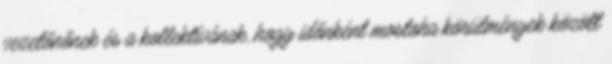
vezetőnőnek és a kollektívának, hogy időnként mostoha körülmények között